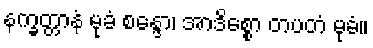
နက္ခတ္တာနံ မုခံ စန္ဒော၊ အာဒိစ္စော တပတံ မုခံ။